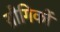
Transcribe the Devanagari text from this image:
य़ौगिकों